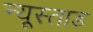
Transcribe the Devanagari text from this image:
न्यूस्ताड